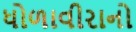
ધોળાવીરાનો